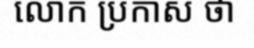
លោក ប្រកាស ថា